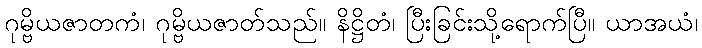
ဂုမ္ဗိယဇာတကံ၊ ဂုမ္ဗိယဇာတ်သည်။ နိဋ္ဌိတံ၊ ပြီးခြင်းသို့ရောက်ပြီ။ ယာအယံ၊